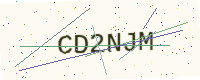
Text: CD2NJM